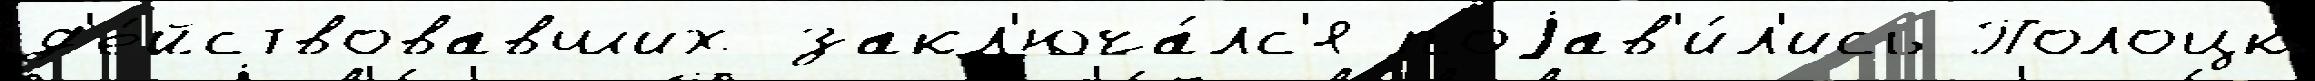
д'е́йствовавших закл'юча́лс'я поjав'и́л'ись Полоцк